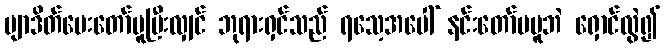
ဗျာဒိတ်ပေးတော်မူပြီးလျှင် ဘုရားရှင်သည် ရသေ့အပေါ် နင်းတော်မမူဘဲ ရှောင်လွဲ၍